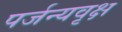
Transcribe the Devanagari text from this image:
पर्जन्यवृक्ष